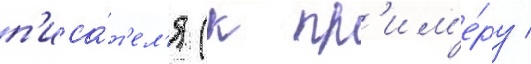
п'иса́т'ел'я (к пр'им'е́ру /